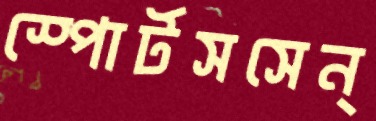
স্পোর্টসসেন্